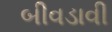
બીવડાવી